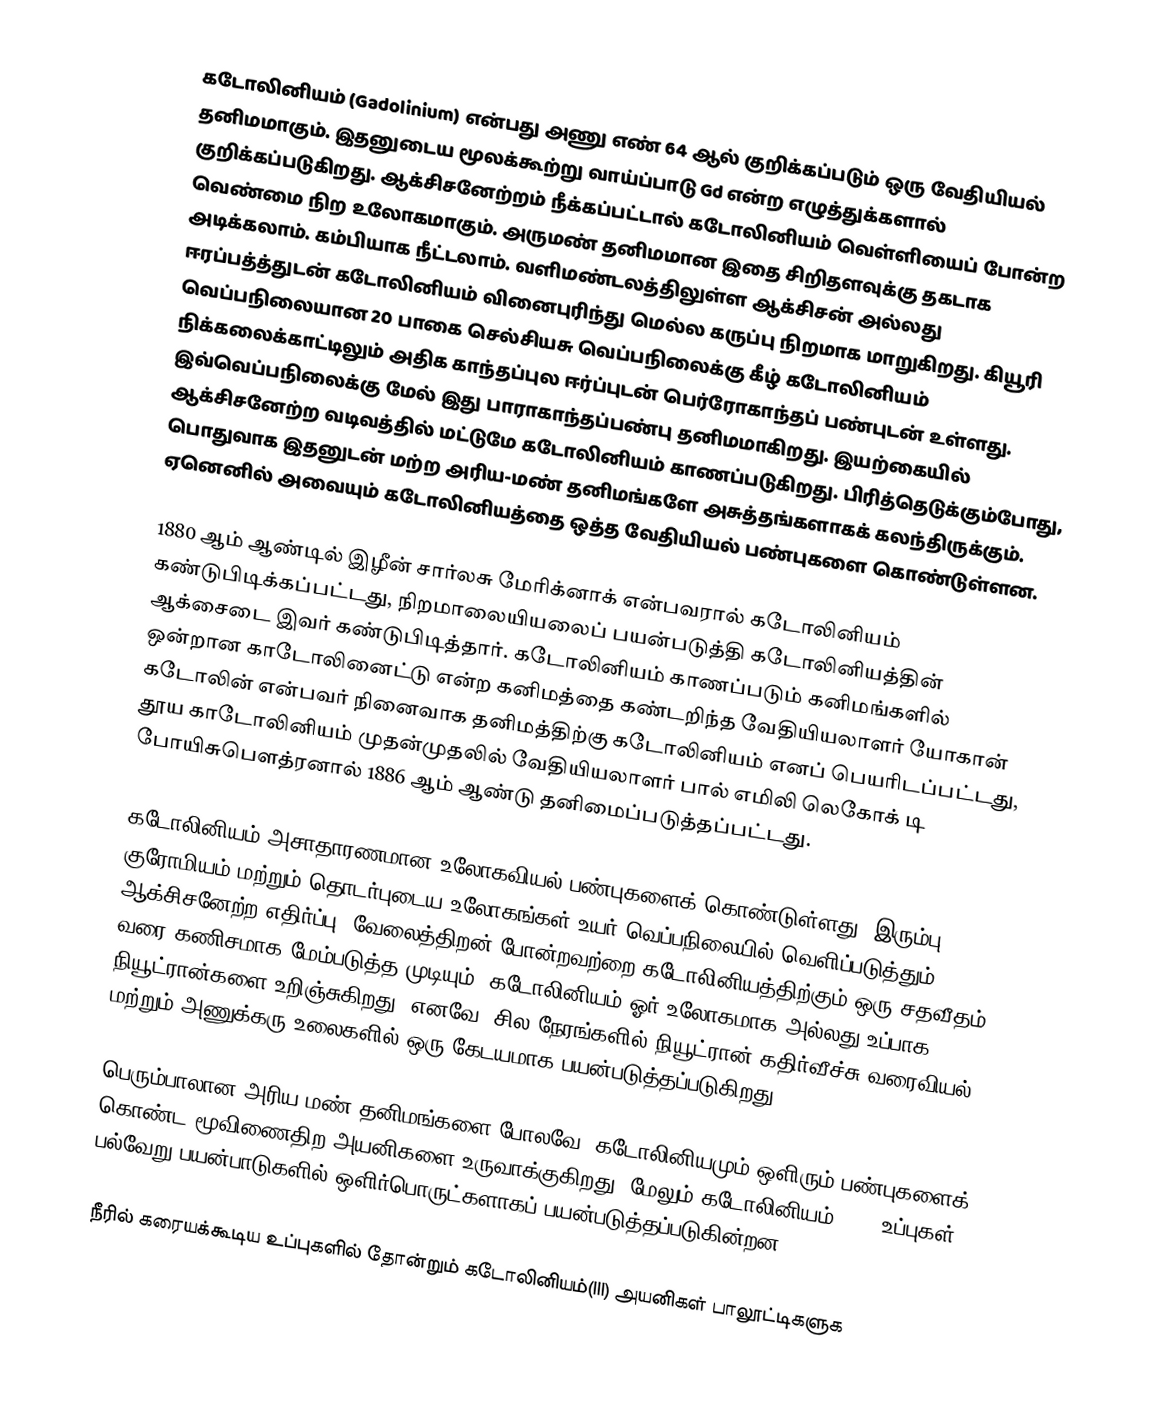
கடோலினியம் (Gadolinium)  என்பது அணு எண் 64 ஆல் குறிக்கப்படும் ஒரு வேதியியல் தனிமமாகும். இதனுடைய மூலக்கூற்று வாய்ப்பாடு Gd என்ற எழுத்துக்களால் குறிக்கப்படுகிறது. ஆக்சிசனேற்றம் நீக்கப்பட்டால் கடோலினியம்  வெள்ளியைப் போன்ற வெண்மை நிற உலோகமாகும். அருமண் தனிமமான இதை சிறிதளவுக்கு தகடாக அடிக்கலாம். கம்பியாக நீட்டலாம். வளிமண்டலத்திலுள்ள ஆக்சிசன் அல்லது ஈரப்பத்த்துடன் கடோலினியம் வினைபுரிந்து மெல்ல கருப்பு நிறமாக மாறுகிறது. கியூரி வெப்பநிலையான 20 பாகை செல்சியசு வெப்பநிலைக்கு கீழ் கடோலினியம் நிக்கலைக்காட்டிலும் அதிக காந்தப்புல ஈர்ப்புடன் பெர்ரோகாந்தப் பண்புடன் உள்ளது. இவ்வெப்பநிலைக்கு மேல் இது பாராகாந்தப்பண்பு தனிமமாகிறது. இயற்கையில் ஆக்சிசனேற்ற வடிவத்தில் மட்டுமே கடோலினியம் காணப்படுகிறது. பிரித்தெடுக்கும்போது, பொதுவாக இதனுடன் மற்ற அரிய-மண் தனிமங்களே  அசுத்தங்களாகக் கலந்திருக்கும்.  ஏனெனில் அவையும் கடோலினியத்தை ஒத்த வேதியியல் பண்புகளை கொண்டுள்ளன.

1880 ஆம் ஆண்டில் இழீன் சார்லசு மேரிக்னாக் என்பவரால் கடோலினியம் கண்டுபிடிக்கப்பட்டது, நிறமாலையியலைப் பயன்படுத்தி கடோலினியத்தின் ஆக்சைடை இவர் கண்டுபிடித்தார். கடோலினியம் காணப்படும் கனிமங்களில் ஒன்றான காடோலினைட்டு என்ற கனிமத்தை கண்டறிந்த வேதியியலாளர் யோகான் கடோலின் என்பவர் நினைவாக தனிமத்திற்கு கடோலினியம் எனப் பெயரிடப்பட்டது, தூய காடோலினியம் முதன்முதலில் வேதியியலாளர் பால் எமிலி லெகோக் டி போயிசுபௌத்ரனால் 1886 ஆம் ஆண்டு தனிமைப்படுத்தப்பட்டது.

கடோலினியம் அசாதாரணமான உலோகவியல் பண்புகளைக் கொண்டுள்ளது. இரும்பு, குரோமியம் மற்றும் தொடர்புடைய உலோகங்கள் உயர் வெப்பநிலையில் வெளிப்படுத்தும் ஆக்சிசனேற்ற எதிர்ப்பு, வேலைத்திறன் போன்றவற்றை கடோலினியத்திற்கும் ஒரு சதவீதம் வரை கணிசமாக மேம்படுத்த முடியும். கடோலினியம் ஓர் உலோகமாக அல்லது உப்பாக நியூட்ரான்களை உறிஞ்சுகிறது, எனவே, சில நேரங்களில் நியூட்ரான் கதிர்வீச்சு வரைவியல் மற்றும் அணுக்கரு உலைகளில் ஒரு கேடயமாக பயன்படுத்தப்படுகிறது.

பெரும்பாலான அரிய மண் தனிமங்களை போலவே, கடோலினியமும் ஒளிரும் பண்புகளைக் கொண்ட மூவிணைதிற அயனிகளை உருவாக்குகிறது, மேலும் கடோலினியம்(III) உப்புகள் பல்வேறு பயன்பாடுகளில் ஒளிர்பொருட்களாகப் பயன்படுத்தப்படுகின்றன.

நீரில் கரையக்கூடிய உப்புகளில் தோன்றும் கடோலினியம்(III) அயனிகள் பாலூட்டிகளுக